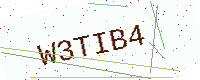
Text: W3TIB4